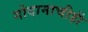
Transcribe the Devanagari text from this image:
गोदामाचीही